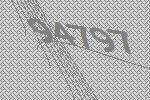
94797